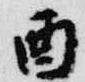
酉